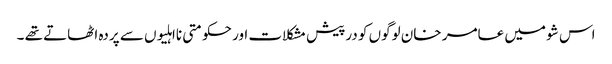
اس شو میں عامر خان لوگوں کو درپیش مشکلات اور حکومتی نااہلیوں سے پردہ اٹھاتے تھے ۔